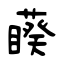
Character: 藈